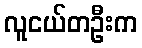
လူငယ်တဦးက